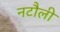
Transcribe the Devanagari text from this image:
नटौली